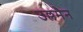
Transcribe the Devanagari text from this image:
उल्लमैन